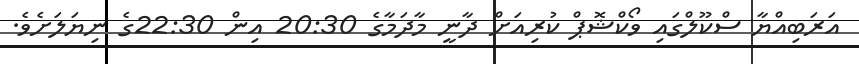
އަރަބިއްޔާ ސްކޫލްގައި ވޯކްޝޮޕް ކުރިއަށް ދާނީ މާދަމާގެ 20:30 އިން 22:30ގެ ނިޔަލަށެވެ.